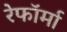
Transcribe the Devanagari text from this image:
रेफॉर्मा